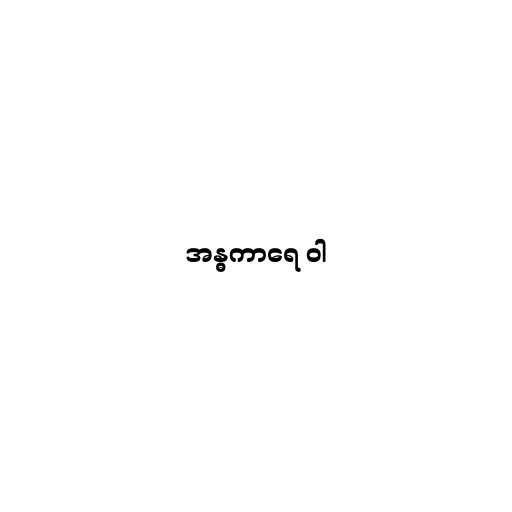
အန္ဓကာရေ ဝါ